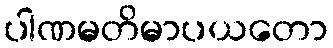
ပါဏမတိမာပယတော